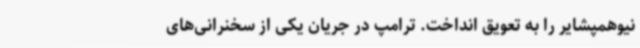
نیوهمپشایر را به تعویق انداخت. ترامپ در جریان یکی از سخنرانی‌های